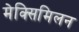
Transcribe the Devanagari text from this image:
मेक्सिमिलन